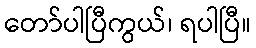
တော်ပါပြီကွယ်၊ ရပါပြီ။